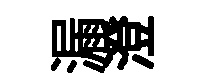
漏澄